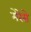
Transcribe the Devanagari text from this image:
मेरेसे